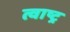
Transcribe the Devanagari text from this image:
त्वाष्ट्र